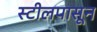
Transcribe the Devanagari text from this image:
स्टीलपासून